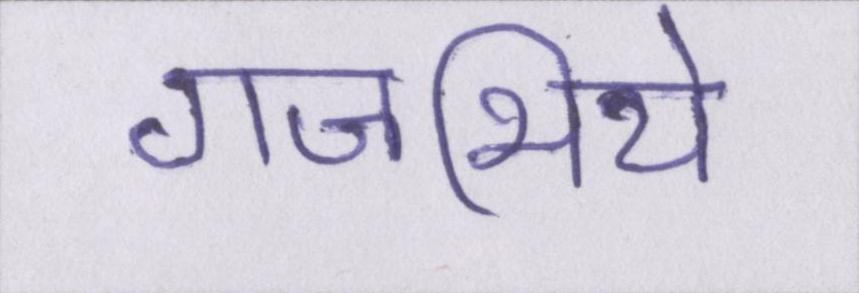
गजभिये